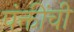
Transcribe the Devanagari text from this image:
पंक्तींची